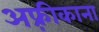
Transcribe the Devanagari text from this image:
अफ़्रीकाना